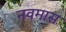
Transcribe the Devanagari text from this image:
नवमास